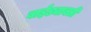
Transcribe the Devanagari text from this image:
बाईड्याबती